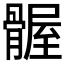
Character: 𫘴